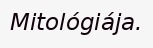
Mitológiája.